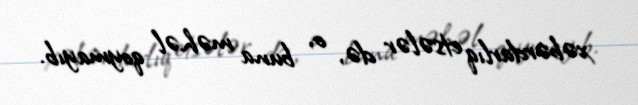
xəbərdarlıq etsələr də, o, buna məhəl qoymayıb.